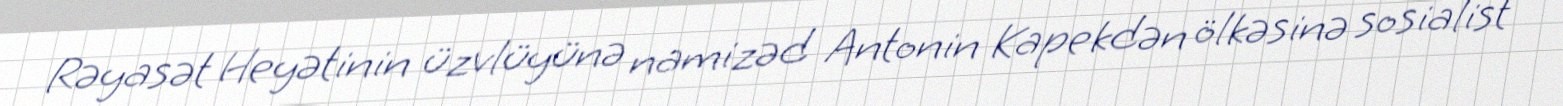
Rəyasət Heyətinin üzvlüyünə namizəd Antonin Kapekdən ölkəsinə sosialist